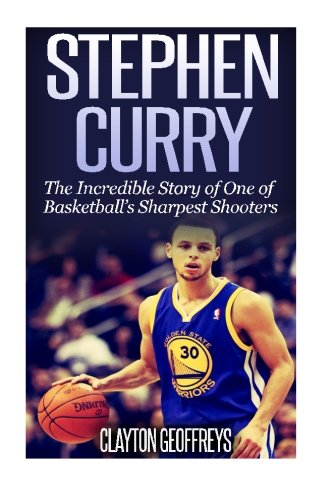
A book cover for Stephen Curry: The Inspiring Story of One of Basketball's Sharpest Shooters; Clayton Geoffreys; Biographies & Memoirs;